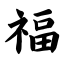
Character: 福